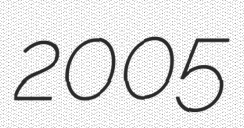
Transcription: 2005